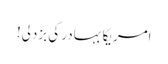
امریکا بہادر کی بزدلی!